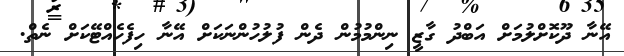
އޭނާ ދޫކޮށްލުމަށް އަބްދު ގާޒީ ނިންމުމުން ދެން ފުލުހުންނަކަށް އޭނާ ހިފެހެއްޓޭކަށް ނެތް.